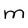
Character: m